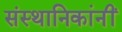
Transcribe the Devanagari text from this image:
संस्थानिकांनीं